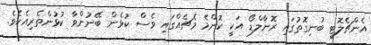
އެންޗެލޮޓީ ބުނިގޮތުގައި ރޮނާލްޑޯ އަކީ ކޮންމެ މެޗެއްގައި ވެސް ކުޅެން ބޭނުންވާ ކުޅުންތެރިއެކެވެ.